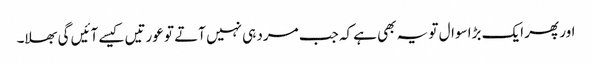
اور پھر ایک بڑا سوال تو یہ بھی ہے کہ جب مرد ہی نہیں آتے تو عورتیں کیسے آئیں گی بھلا۔